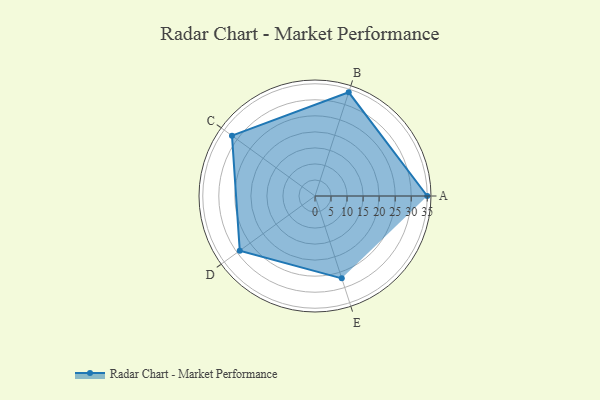
{"axis": {"x": "Skill", "y": "Score"}, "legend": ["Profile"], "data": [{"x": "A", "y": 35.0, "type": "Profile"}, {"x": "B", "y": 34.0, "type": "Profile"}, {"x": "C", "y": 32.0, "type": "Profile"}, {"x": "D", "y": 29.0, "type": "Profile"}, {"x": "E", "y": 27.0, "type": "Profile"}]}